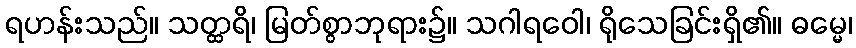
ရဟန်းသည်။ သတ္ထရိ၊ မြတ်စွာဘုရား၌။ သဂါရဝေါ၊ ရိုသေခြင်းရှိ၏။ ဓမ္မေ၊